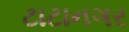
ટાટાનગર